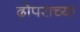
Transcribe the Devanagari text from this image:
ढोपराच्या